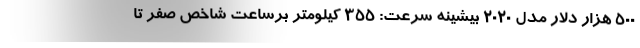
500 هزار دلار مدل 2020 بیشینه سرعت: 355 کیلومتر برساعت شاخص صفر تا